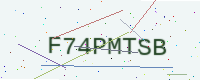
Text: F74PMTSB